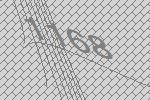
1168